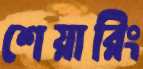
শেয়ারিং